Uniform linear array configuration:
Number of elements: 48
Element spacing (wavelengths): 0.25
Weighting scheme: hann
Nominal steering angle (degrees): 15
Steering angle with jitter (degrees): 15.678
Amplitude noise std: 0.05
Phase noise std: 0.05

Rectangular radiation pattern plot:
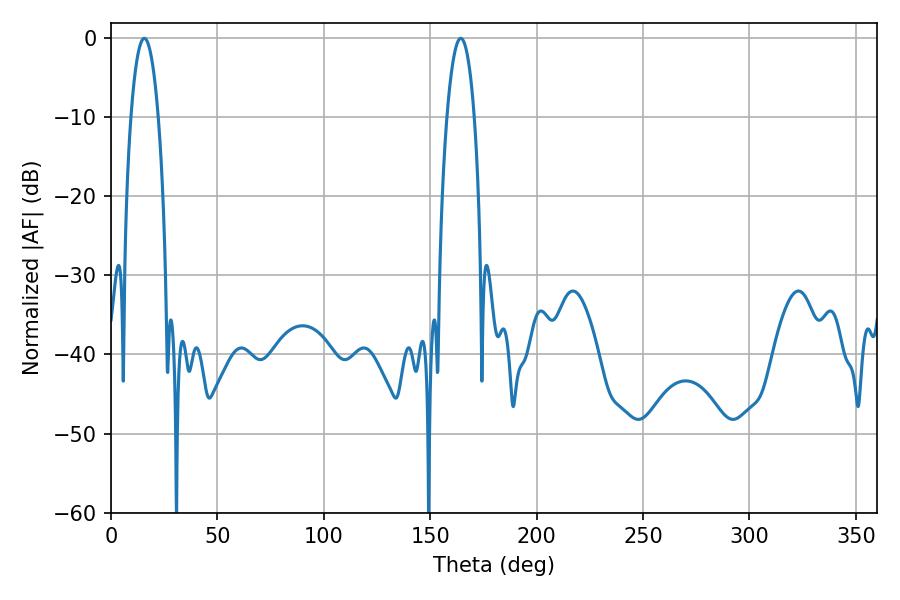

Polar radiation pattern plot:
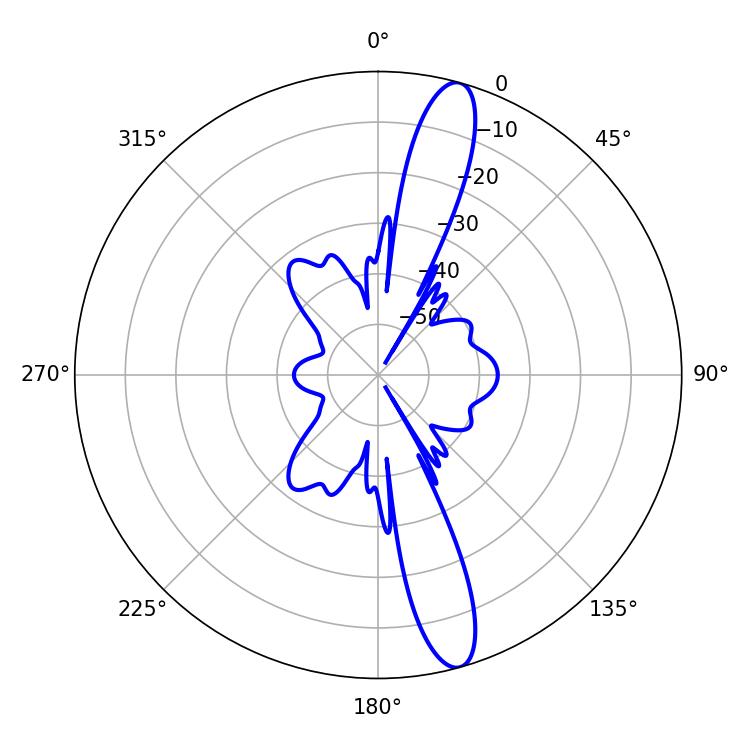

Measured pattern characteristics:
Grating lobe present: FALSE
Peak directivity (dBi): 14.422
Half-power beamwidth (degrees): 7.2
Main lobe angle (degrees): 15.66